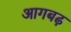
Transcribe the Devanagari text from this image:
आगबढ़